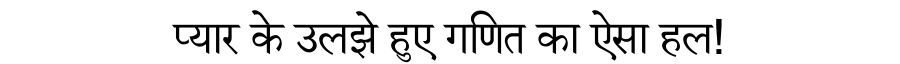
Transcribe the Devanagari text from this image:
प्यार के उलझे हुए गणित का ऐसा हल!